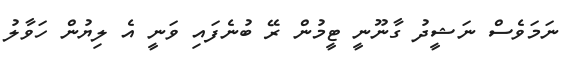
ނަމަވެސް ނަޝީދު ގާނޫނީ ޓީމުން ރޭ ބުނެފައި ވަނީ އެ ލިޔުން ހަވާލު